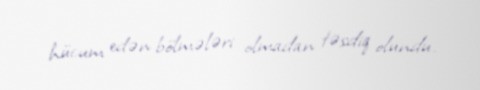
hücum edən bölmələri olmadan təsdiq olundu.